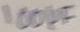
Text: 100µF